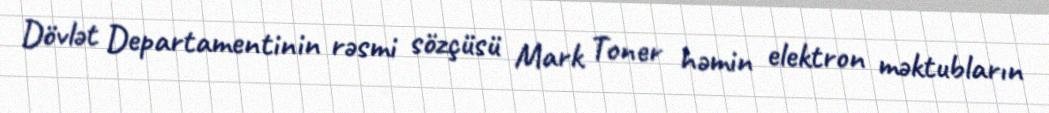
Dövlət Departamentinin rəsmi sözçüsü Mark Toner həmin elektron məktubların